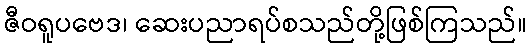
ဇီဝရူပဗေဒ၊ ဆေးပညာရပ်စသည်တို့ဖြစ်ကြသည်။